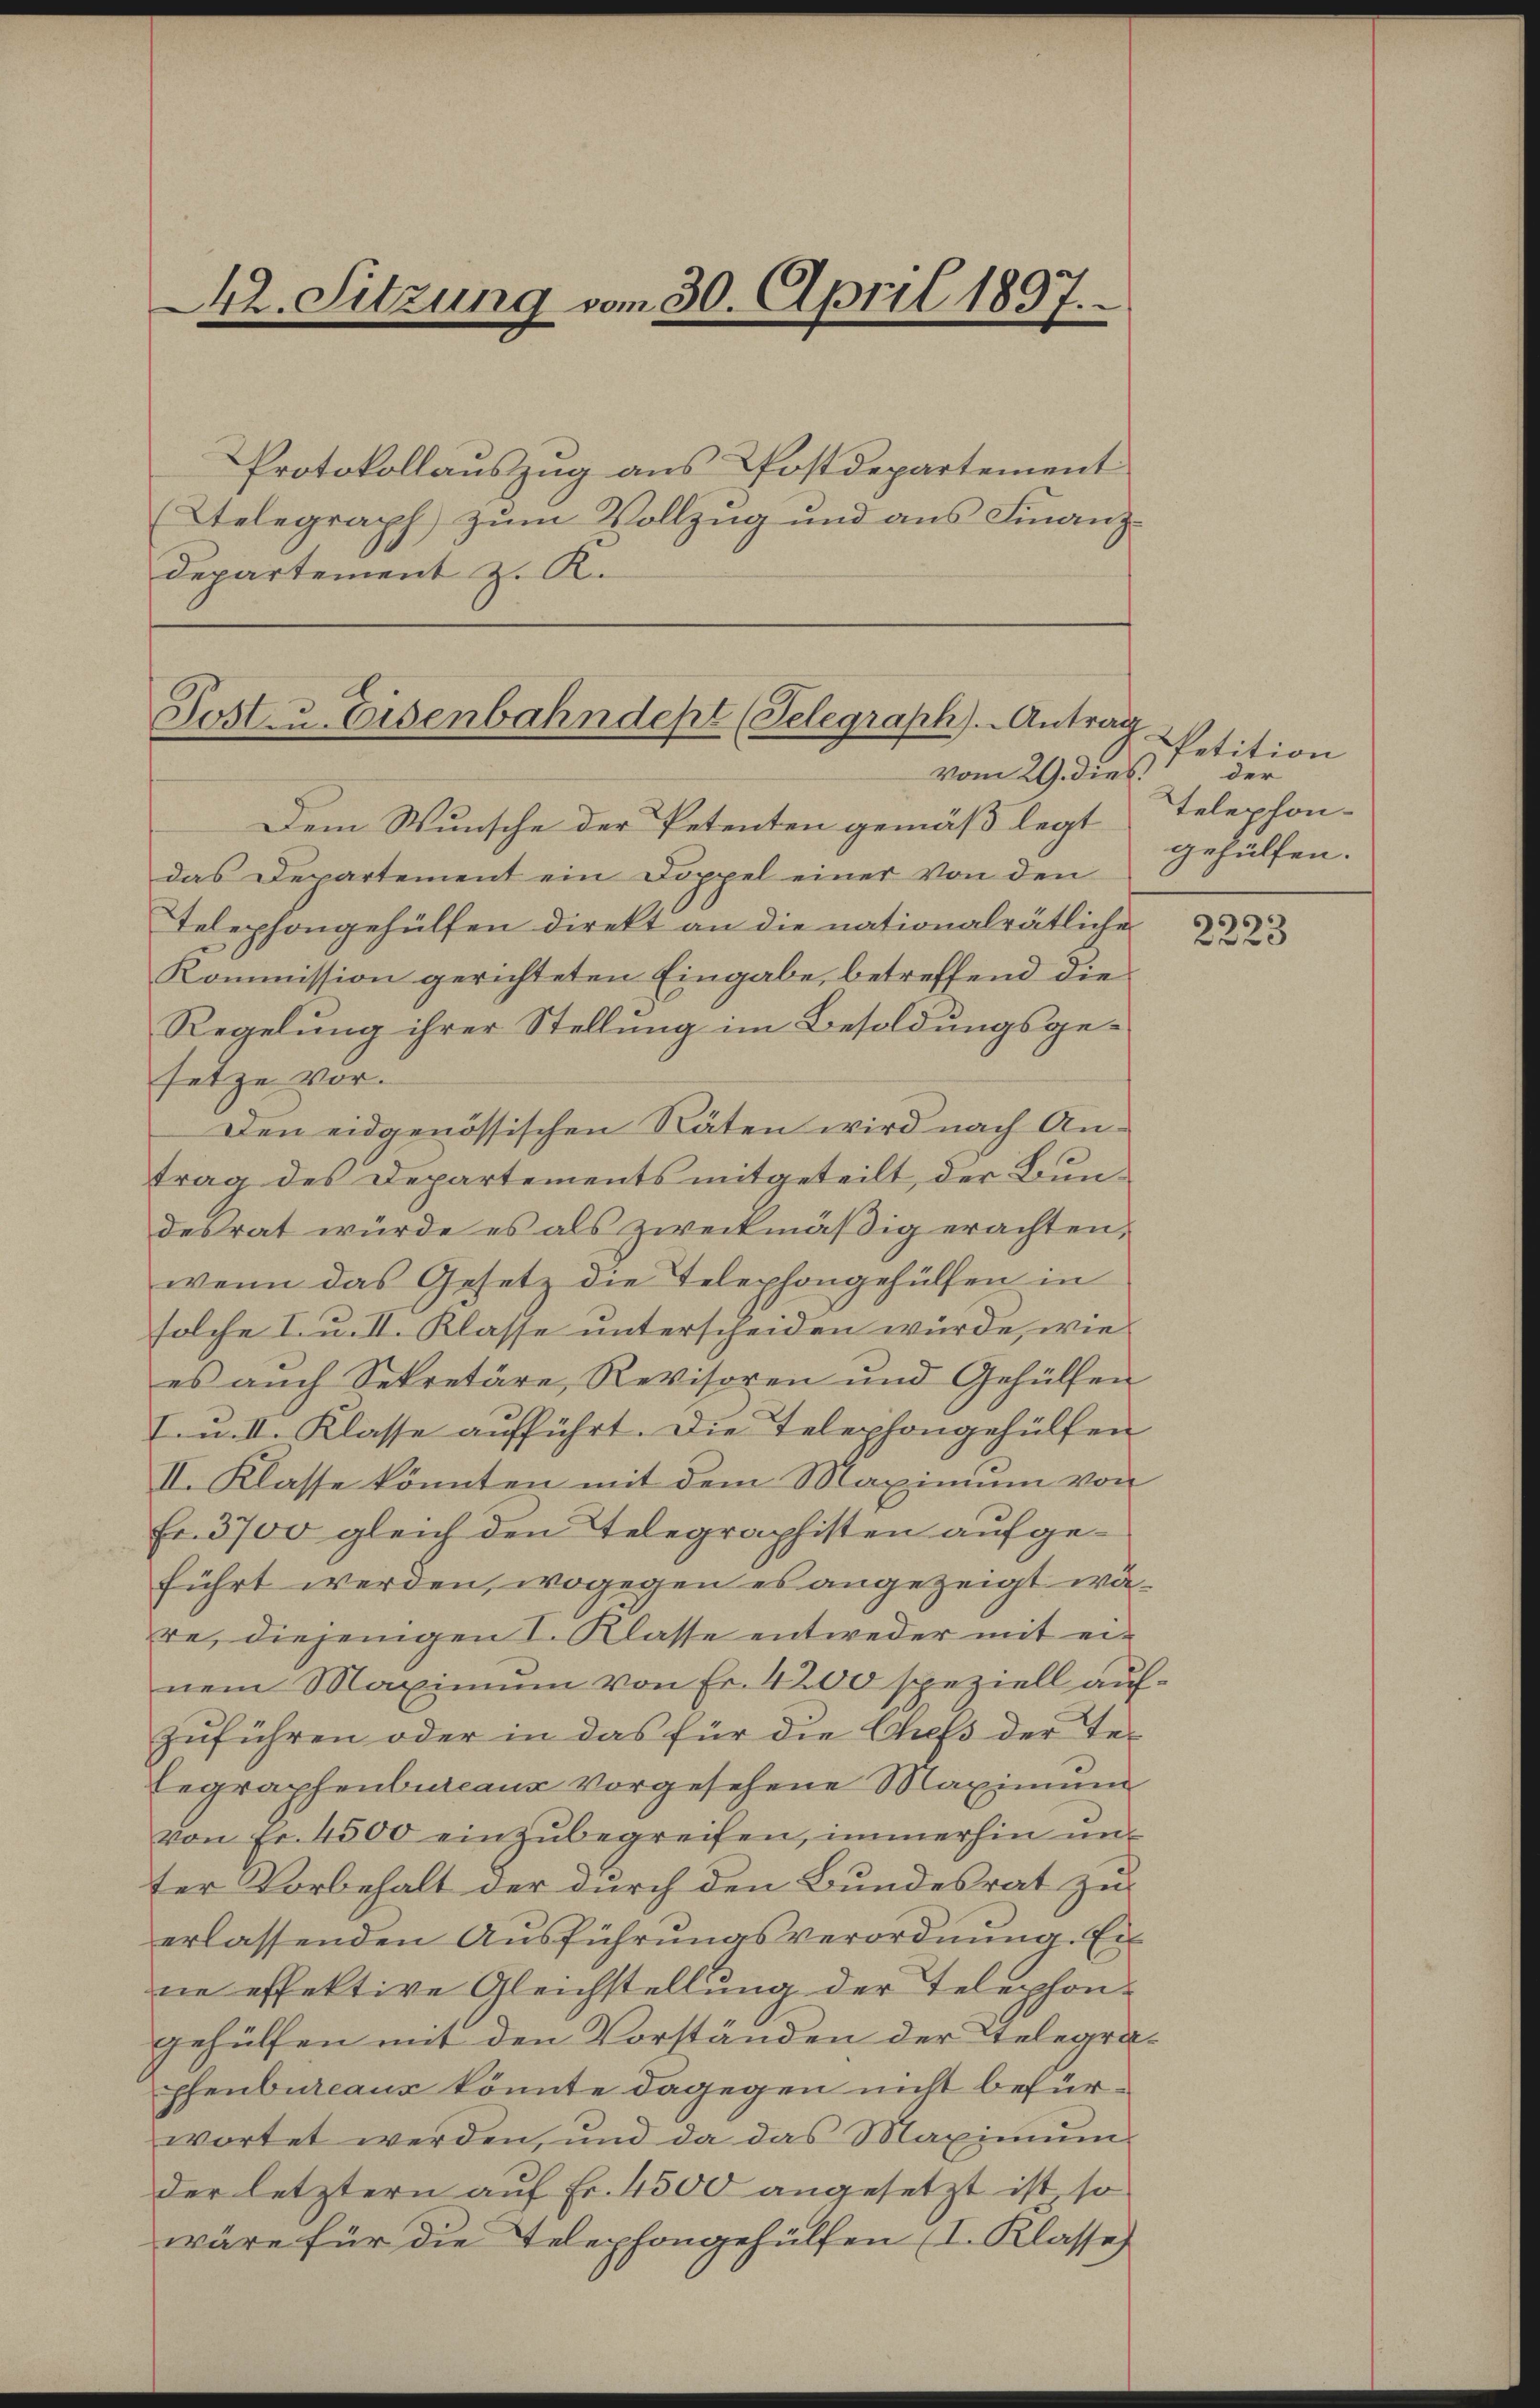
42. Sitzung vom 30. April 1897.

Protokollauszug aus Postdepartement
Telegraph zŭm Vollzŭg und ans Finanz-
Departement z. R.

Post u. Eisenbahndept (Telegraph). Antrag
vom 29. Dieb.
Dem Wunsche der Petenten gemäß legt Telephon-

das Departement ein Doppel einer von den
Telephongehülfen direkt an die nationalrätliche
Kommission gerichteten Eingabe, betreffend die
Regelung ihrer Stellung im Besoldungsgesetze vor-
Den eidgenössischen Räten wird nach Antrag des Departements mitgeteilt, der Bundesrat würde es als zweckmäßig erachten,
wenn das Gesetz die Telephongehülfen in
solche I. u. II. Klasse unterscheiden würde, wie
es aŭch Sekretäre, Revisoren und Gehülfen
I.n II. Klasse aufführt. Die Telephongehülfen
II. Klasse könnten mit dem Maximum von
Fr. 3700 gleich den Telegraphisten aufgeführt werden, wogegen es angezeigt wäre, diejenigen I. Klasse entweder mit einem Maximum von Fr. 4200 speziell aŭf-
zuführen oder in das für die Chefs der Te¬
Eegraphenbureaus vorgesehene Maximum
von Fr. 4500 einzŭbegreifen, immerhin unt
ter Vorbehalt der durch den Bundesrat zu
erlassenden Aŭsführŭngsverordnŭng. Ei
ne effektive Gleichstellung der Telephon-
gehülfen mit den Vorständen der Telegraphenbureaus könnte dagegen nicht befürwortet werden, und da das Maximŭm-
der letztern auf Fr. 4500 angesetzt ist, so
wäre für die Telephongehülfen (I. Klasse

Petition
der
gehülfen.

2223